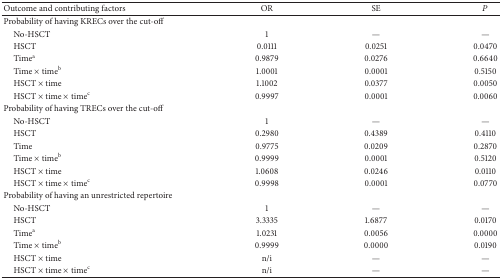
<table><thead><tr><td><b>Outcome and contributing factors</b></td><td><b>OR</b></td><td><b>SE</b></td><td><b><i>P</i></b></td></tr></thead><tbody><tr><td>Probability of having KRECs over the cut-off</td><td> </td><td> </td><td> </td></tr><tr><td> No-HSCT</td><td>1</td><td>—</td><td>—</td></tr><tr><td> HSCT</td><td>0.0111</td><td>0.0251</td><td>0.0470</td></tr><tr><td> Time<sup>a</sup></td><td>0.9879</td><td>0.0276</td><td>0.6640</td></tr><tr><td> Time × time<sup>b</sup></td><td>1.0001</td><td>0.0001</td><td>0.5150</td></tr><tr><td> HSCT × time</td><td>1.1002</td><td>0.0377</td><td>0.0050</td></tr><tr><td> HSCT × time × time<sup>c</sup></td><td>0.9997</td><td>0.0001</td><td>0.0060</td></tr><tr><td>Probability of having TRECs over the cut-off</td><td> </td><td> </td><td> </td></tr><tr><td> No-HSCT</td><td>1</td><td>—</td><td>—</td></tr><tr><td> HSCT</td><td>0.2980</td><td>0.4389</td><td>0.4110</td></tr><tr><td> Time</td><td>0.9775</td><td>0.0209</td><td>0.2870</td></tr><tr><td> Time × time<sup>b</sup></td><td>0.9999</td><td>0.0001</td><td>0.5120</td></tr><tr><td> HSCT × time</td><td>1.0608</td><td>0.0246</td><td>0.0110</td></tr><tr><td> HSCT × time × time<sup>c</sup></td><td>0.9998</td><td>0.0001</td><td>0.0770</td></tr><tr><td>Probability of having an unrestricted repertoire </td><td> </td><td> </td><td> </td></tr><tr><td> No-HSCT</td><td>1</td><td>—</td><td>—</td></tr><tr><td> HSCT</td><td>3.3335</td><td>1.6877</td><td>0.0170</td></tr><tr><td> Time<sup>a</sup></td><td>1.0231</td><td>0.0056</td><td>0.0000</td></tr><tr><td> Time × time<sup>b</sup></td><td>0.9999</td><td>0.0000</td><td>0.0190</td></tr><tr><td> HSCT × time</td><td>n/i</td><td>—</td><td>—</td></tr><tr><td> HSCT × time × time<sup>c</sup></td><td>n/i</td><td>—</td><td>—</td></tr></tbody></table>